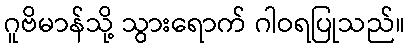
ဂူဗိမာန်သို့ သွားရောက် ဂါဝရပြုသည်။